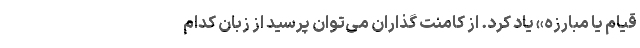
قیام یا مبارزه» یاد کرد. از کامنت گذاران می‌توان پرسید از زبان کدام